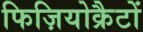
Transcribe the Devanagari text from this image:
फिज़ियोक्रैटों